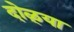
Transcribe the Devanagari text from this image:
दोळ्या